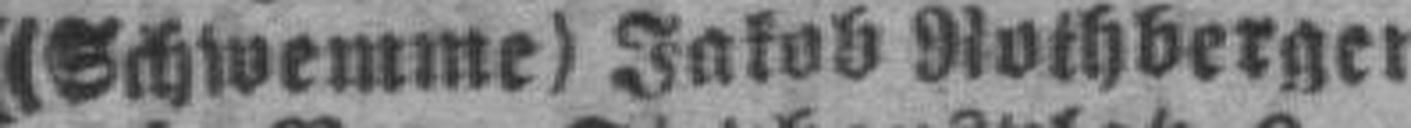
(Schwemme) Jakob Rothbergen